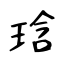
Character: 琀